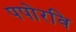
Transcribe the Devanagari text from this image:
पपोरवि